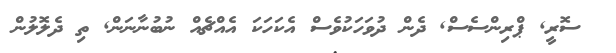
ސޮރީ